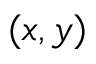
( x , y )